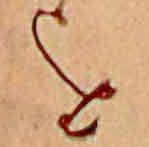
を